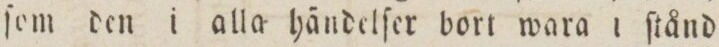
ſom den i alla händelſer bort wara i ſtånd